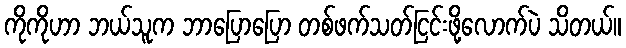
ကိုကိုဟာ ဘယ်သူက ဘာပြောပြော တစ်ဖက်သတ်ငြင်းဖို့လောက်ပဲ သိတယ်။